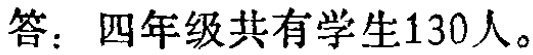
答：四年级共有学生130人。